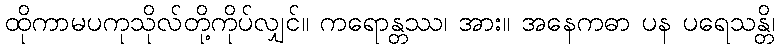
ထိုကာမပကုသိုလ်တို့ကိုပ်လျှင်။ ကရောန္တဿ၊ အား။ အနေကဓာ ပန ပရေသန္တိ၊